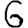
Digit: 6